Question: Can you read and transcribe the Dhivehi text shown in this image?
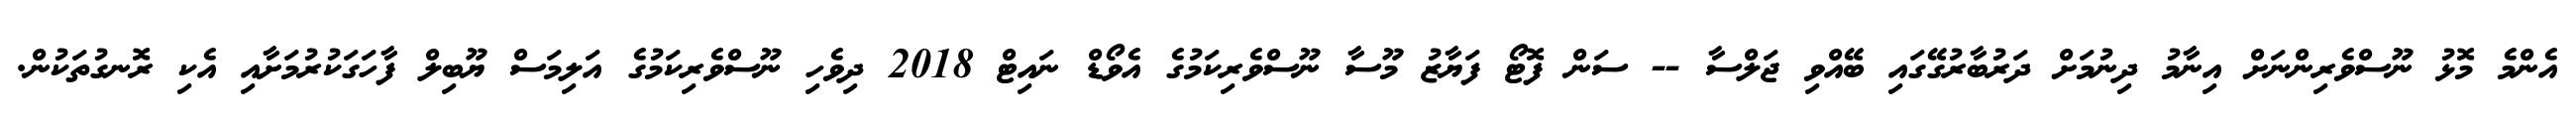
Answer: އެންމެ މޮޅު ނޫސްވެރިންނަށް އިނާމު ދިނުމަށް ދަރުބާރުގޭގައި ބޭއްވި ޖަލްސާ -- ސަން ފޮޓޯ ފަޔާޒު މޫސާ ނޫސްވެރިކަމުގެ އެވޯޑް ނައިޓް 2018 ދިވެހި ނޫސްވެރިކަމުގެ އަލިމަސް ޔޫބިލް ފާހަގަކުރުމަށާއި އެކި ރޮނގުތަކުން.